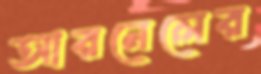
আরনেলের